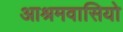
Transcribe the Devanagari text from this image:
आश्रमवासियो